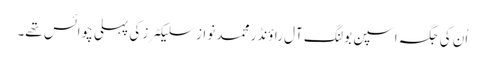
اُن کی جگہ اسپن بولنگ آل راؤنڈر محمد نواز سلیکٹرز کی پہلی چوائس تھے۔